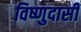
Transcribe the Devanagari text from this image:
विष्णुदासी